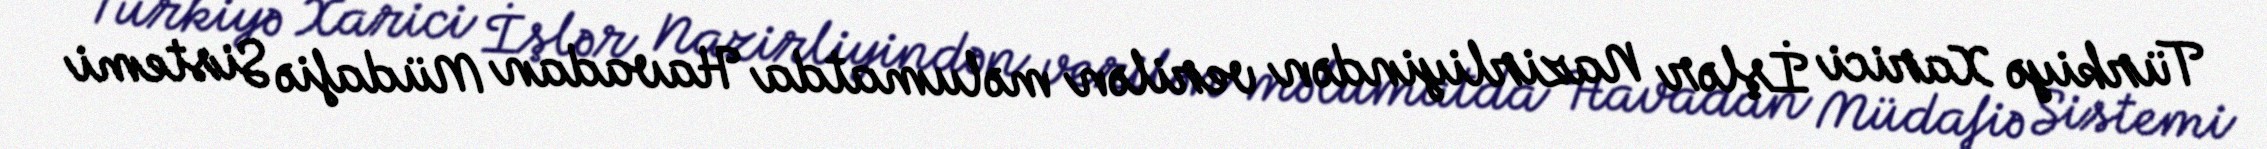
Türkiyə Xarici İşlər Nazirliyindən verilən məlumatda Havadan Müdafiə Sistemi